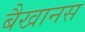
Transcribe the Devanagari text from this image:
बैखानस